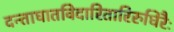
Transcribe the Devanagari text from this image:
दन्ताघातविदारितारिरुधिरैः